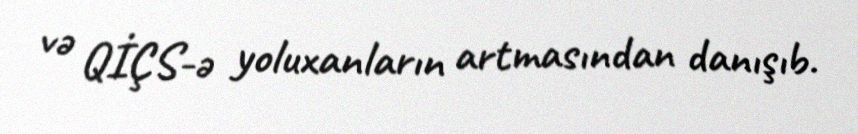
və QİÇS-ə yoluxanların artmasından danışıb.